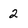
Character: 2